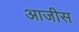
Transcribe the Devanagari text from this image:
आजीस